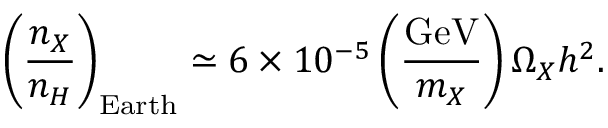
\left( \frac { n _ { X } } { n _ { H } } \right) _ { \mathrm { E a r t h } } \simeq 6 \times 1 0 ^ { - 5 } \left( \frac { \mathrm { G e V } } { m _ { X } } \right) \Omega _ { X } h ^ { 2 } .